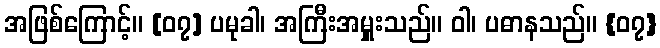
အဖြစ်ကြောင့်။ [၀၇] ပမုခါ၊ အကြီးအမှူးသည်။ ဝါ၊ ပဓာနသည်။ {၀၇}